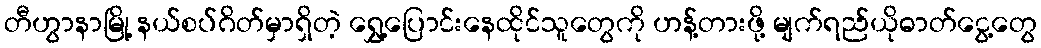
တီဟွာနာမြို့ နယ်စပ်ဂိတ်မှာရှိတဲ့ ရွှေ့ပြောင်းနေထိုင်သူတွေကို ဟန့်တားဖို့ မျက်ရည်ယိုဓာတ်ငွေ့တွေ